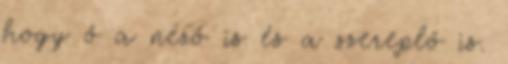
hogy ő a néző is és a szereplő is.